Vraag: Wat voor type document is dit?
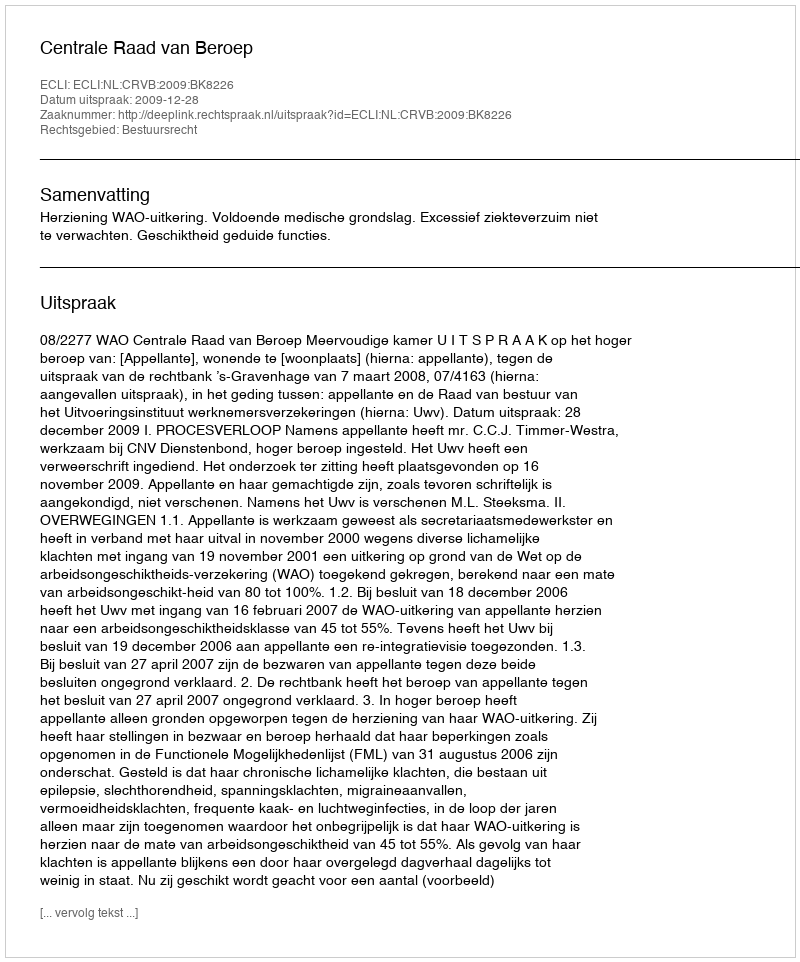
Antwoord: Uitspraak